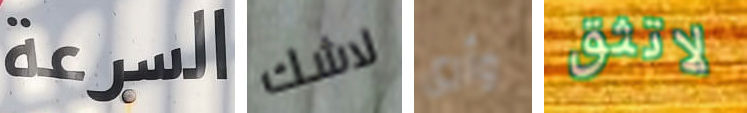
السرعة لاشك وأرى لاتثق